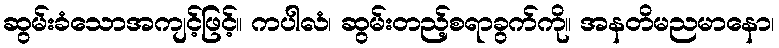
ဆွမ်းခံသောအကျင့်ဖြင့်။ ကပါလံ၊ ဆွမ်းတည့်စရာခွက်ကို။ အနတိမညမာနော၊